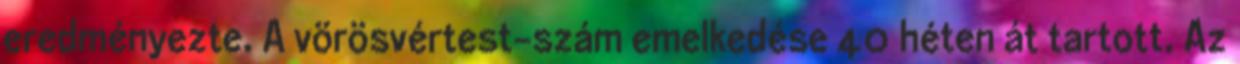
eredményezte. A vörösvértest-szám emelkedése 40 héten át tartott. Az